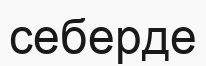
себерде